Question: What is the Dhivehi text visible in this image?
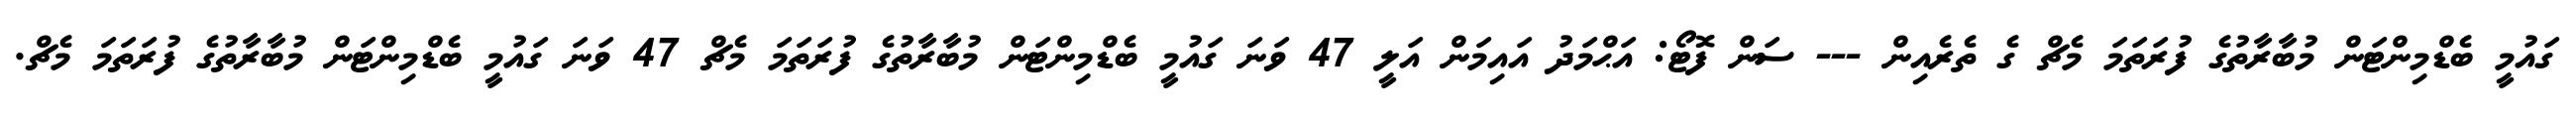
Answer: ގައުމީ ބެޑްމިންޓަން މުބާރާތުގެ ފުރަތަމަ މެޗް ގެ ތެރެއިން --- ސަން ފޮޓޯ: އަޙްމަދު އައިމަން އަލީ 47 ވަނަ ގައުމީ ބެޑްމިންޓަން މުބާރާތުގެ ފުރަތަމަ މެޗް 47 ވަނަ ގައުމީ ބެޑްމިންޓަން މުބާރާތުގެ ފުރަތަމަ މެޗް.